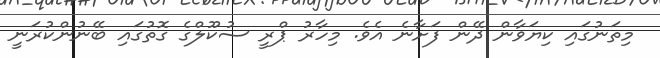
މިތަނުގައި ކިޔަވާން ދޭން ފަށާނެ އެވެ. މިހާރު ޕްރީ ސުކޫލްގެ ގޮތުގައި ބޭނުންކުރަނީ